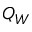
Q _ { W }